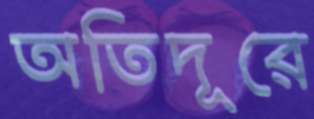
অতিদূরে